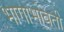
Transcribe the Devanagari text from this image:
भागाभोवती